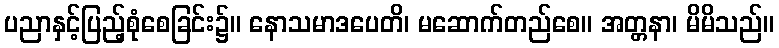
ပညာနှင့်ပြည့်စုံစေခြင်း၌။ နောသမာဒပေတိ၊ မဆောက်တည်စေ။ အတ္တနာ၊ မိမိသည်။